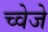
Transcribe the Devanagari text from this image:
च्वेजे